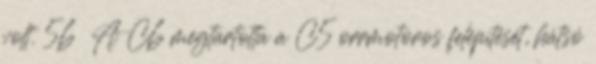
volt. 56 A C6 megtartotta a C5 orrmotoros felépítését, hátsó